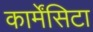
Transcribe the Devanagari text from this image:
कार्मेंसिटा